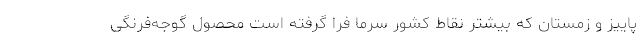
پاییز و زمستان که بیشتر نقاط کشور سرما فرا گرفته است محصول گوجه‌فرنگی